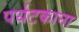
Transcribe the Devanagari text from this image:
पर्यटकाना